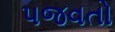
પજવતો